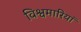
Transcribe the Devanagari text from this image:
विश्वमारियां